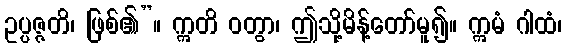
ဥပ္ပဇ္ဇတိ၊ ဖြစ်၏”။ ဣတိ ဝတွာ၊ ဤသို့မိန့်တော်မူ၍။ ဣမံ ဂါထံ၊